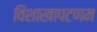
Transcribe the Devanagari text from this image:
विशाखापटणम